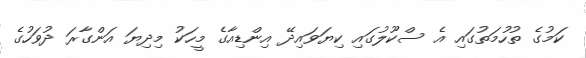
ކަމުގެ ތުހުމަތުގައި އެ ސްކޫލުގައި ކިޔަވައިދޭ އިންޑިއާގެ މީހަކު މިދިޔަ އަންގާރަ ދުވަހުގެ